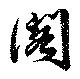
閣